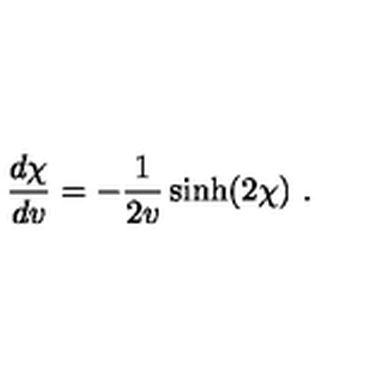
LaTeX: { \frac { d \chi } { d v } } = - { \frac { 1 } { 2 v } } \sinh ( 2 \chi ) \ .